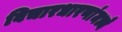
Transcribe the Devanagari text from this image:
विचारधारणांमध्ये